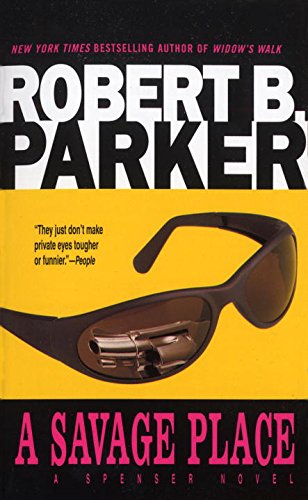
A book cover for A Savage Place; Robert B. Parker; Mystery, Thriller & Suspense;